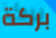
بركة